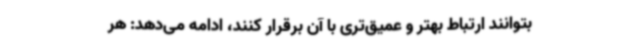
بتوانند ارتباط بهتر و عمیق‌تری با آن برقرار کنند، ادامه می‌دهد: هر